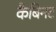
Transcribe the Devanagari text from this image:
कैबिनट